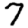
Digit: 7